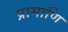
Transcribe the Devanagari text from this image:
प्रामाणि